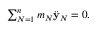
\begin{array} { r } { \sum _ { N = 1 } ^ { n } m _ { N } \ddot { \bf y } _ { N } = 0 . } \end{array}